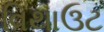
વિથાઉટ